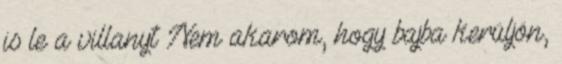
is le a villanyt Nem akarom, hogy bajba kerüljön,